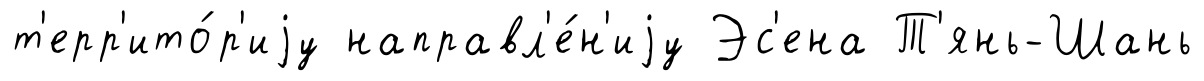
т'ерр'ито́р'иjу направл'е́н'иjу Эс'ена Т'янь-Шань